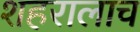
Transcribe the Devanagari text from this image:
शहरालाच